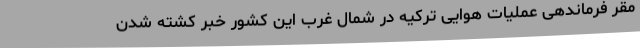
مقر فرماندهی عملیات هوایی ترکیه در شمال غرب این کشور خبر کشته شدن